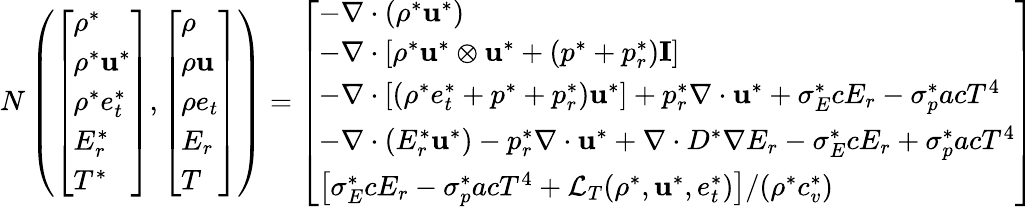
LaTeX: \begin{array}{r}{N\left(\left[\begin{array}{l}{\rho^{*}}\\ {\rho^{*}\mathbf{u}^{*}}\\ {\rho^{*}e_{t}^{*}}\\ {E_{r}^{*}}\\ {T^{*}}\end{array}\right],\left[\begin{array}{l}{\rho}\\ {\rho\mathbf{u}}\\ {\rho e_{t}}\\ {E_{r}}\\ {T}\end{array}\right]\right)=\left[\begin{array}{l}{-\nabla\cdot\left(\rho^{*}\mathbf{u}^{*}\right)}\\ {-\nabla\cdot\left[\rho^{*}\mathbf{u}^{*}\otimes\mathbf{u}^{*}+(p^{*}+p_{r}^{*})\mathbf{I}\right]}\\ {-\nabla\cdot\left[(\rho^{*}e_{t}^{*}+p^{*}+p_{r}^{*})\mathbf{u}^{*}\right]+p_{r}^{*}\nabla\cdot\mathbf{u}^{*}+\sigma_{E}^{*}cE_{r}-\sigma_{p}^{*}acT^{4}}\\ {-\nabla\cdot\left(E_{r}^{*}\mathbf{u}^{*}\right)-p_{r}^{*}\nabla\cdot\mathbf{u}^{*}+\nabla\cdot D^{*}\nabla E_{r}-\sigma_{E}^{*}cE_{r}+\sigma_{p}^{*}acT^{4}}\\ {\left[\sigma_{E}^{*}cE_{r}-\sigma_{p}^{*}acT^{4}+\mathcal{L}_{T}(\rho^{*},\mathbf{u}^{*},e_{t}^{*})\right]/(\rho^{*}c_{v}^{*})}\end{array}\right]}\end{array}